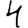
Digit: 4